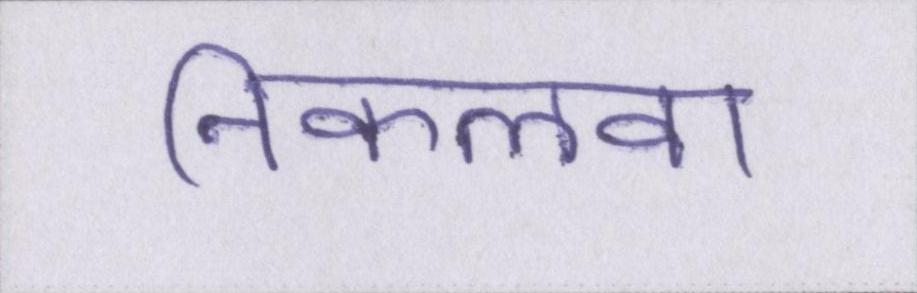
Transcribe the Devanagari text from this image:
निकलवा